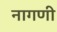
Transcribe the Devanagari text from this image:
नागणी